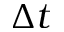
\Delta t